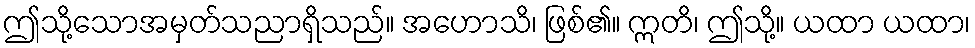
ဤသို့သောအမှတ်သညာရှိသည်။ အဟောသိ၊ ဖြစ်၏။ ဣတိ၊ ဤသို့။ ယထာ ယထာ၊